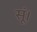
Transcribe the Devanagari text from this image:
सूं।